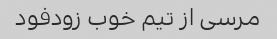
مرسی از تیم خوب زودفود